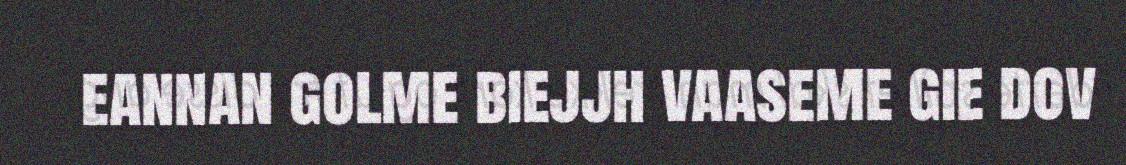
eannan golme biejjh vaaseme gie dov